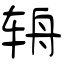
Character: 辀